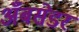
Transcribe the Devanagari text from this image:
अँबसेडर